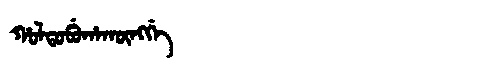
Manchu: ᡥᠣᠯᡨᠣᠪᡠᡥᠠᡴᡡᠩᡤᡝ
Romanization: HOLTOBUHAKŪNGGE